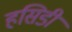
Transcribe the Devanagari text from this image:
हसिडी